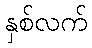
နှစ်လက်